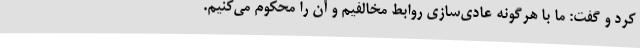
کرد و گفت: ما با هرگونه عادی‌سازی روابط مخالفیم و آن را محکوم می‌کنیم.